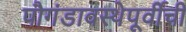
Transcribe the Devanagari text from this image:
पौगंडावस्थेपूर्वीची